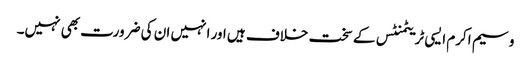
وسیم اکرم ایسی ٹریٹمنٹس کے سخت خلاف ہیں اور انہیں ان کی ضرورت بھی نہیں۔